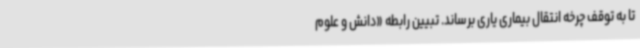
تا به توقف چرخه انتقال بیماری یاری برساند. تبیین رابطه «دانش و علوم